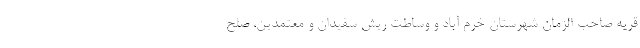
قریه صاحب الزمان شهرستان خرم آباد و وساطت ریش سفیدان و معتمدین، صلح